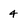
Character: 4